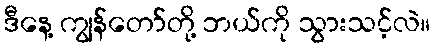
ဒီနေ့ ကျွန်တော်တို့ ဘယ်ကို သွားသင့်လဲ။